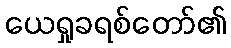
ယေရှုခရစ်တော်၏